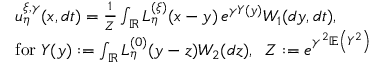
\begin{array} { r l } & { u _ { \eta } ^ { \xi , \gamma } ( x , d t ) = \frac { 1 } { Z } \int _ { \mathbb R } L _ { \eta } ^ { ( \xi ) } ( x - y ) \, e ^ { \gamma Y ( y ) } W _ { 1 } ( d y , d t ) , } \\ & { \mathrm { f o r } \; Y ( y ) : = \int _ { \mathbb R } L _ { \eta } ^ { ( 0 ) } ( y - z ) W _ { 2 } ( d z ) , \; \; Z : = e ^ { \gamma ^ { 2 } \mathbb E \left( { Y ^ { 2 } } \right) } } \end{array}